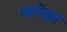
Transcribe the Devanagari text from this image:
व्यपेक्षा